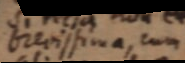
brevissima, cum